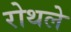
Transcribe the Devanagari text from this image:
रोथले